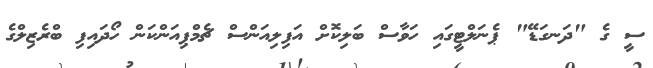
ސީ ގެ "ދަނގަޑޭ" ޕެނަލްޓީގައި ހަވާސް ބަލިކޮށް އަފިލިއަންސް ޗެމްޕިއަންކަން ހޯދައިފި ބްރެޒިލްގެ